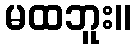
မထဘူး။